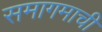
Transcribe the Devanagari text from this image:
समागमाची